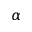
\alpha